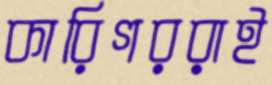
কারিগররাই